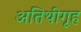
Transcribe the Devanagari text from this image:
अतिथीगृह